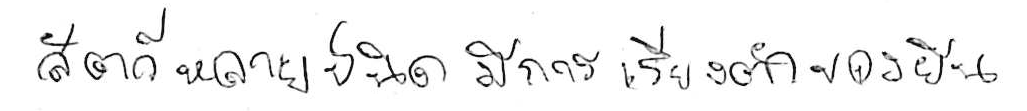
สัตว์หลายชนิดมีการเรียงตัวของยีน